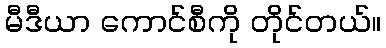
မီဒီယာ ကောင်စီကို တိုင်တယ်။